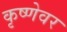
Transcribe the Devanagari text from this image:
कृष्णेवर